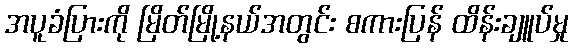
အပူခံပြားကို မြိတ်မြို့နယ်အတွင်း စကားပြန် ထိန်းချူပ်မှု